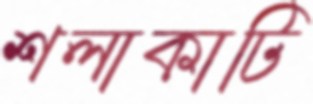
শলাকাটি